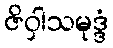
ဇိဝှါသမုဒ္ဒံ